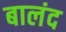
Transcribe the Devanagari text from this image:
बालंद